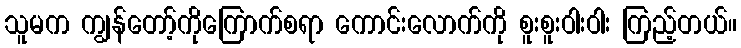
သူမက ကျွန်တော့်ကိုကြောက်စရာ ကောင်းလောက်ကို စူးစူးဝါးဝါး ကြည့်တယ်။